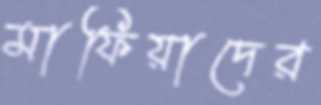
মাফিয়াদের